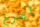
أصرخ